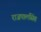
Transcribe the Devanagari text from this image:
राजपालसिंह